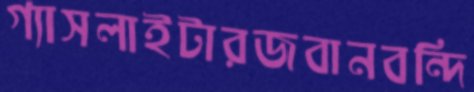
গ্যাসলাইটারজবানবন্দি